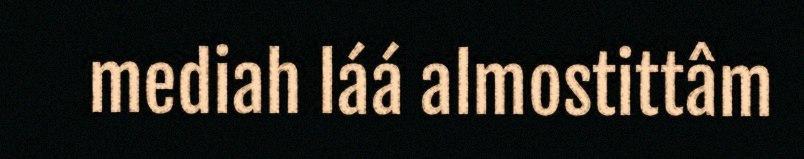
mediah láá almostittâm